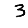
Digit: 3